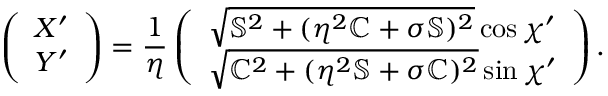
\left( \begin{array} { l } { X ^ { \prime } } \\ { Y ^ { \prime } } \end{array} \right) = \frac { 1 } { \eta } \left( \begin{array} { l } { \sqrt { \mathbb { S } ^ { 2 } + ( \eta ^ { 2 } \mathbb { C } + \sigma \mathbb { S } ) ^ { 2 } } \cos \chi ^ { \prime } } \\ { \sqrt { \mathbb { C } ^ { 2 } + ( \eta ^ { 2 } \mathbb { S } + \sigma \mathbb { C } ) ^ { 2 } } \sin \chi ^ { \prime } } \end{array} \right) .